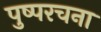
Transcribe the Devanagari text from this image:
पुष्परचना